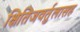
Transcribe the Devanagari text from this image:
क्षितिजवर्तुलासह